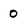
Character: 0